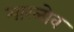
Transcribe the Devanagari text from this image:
मारलोव